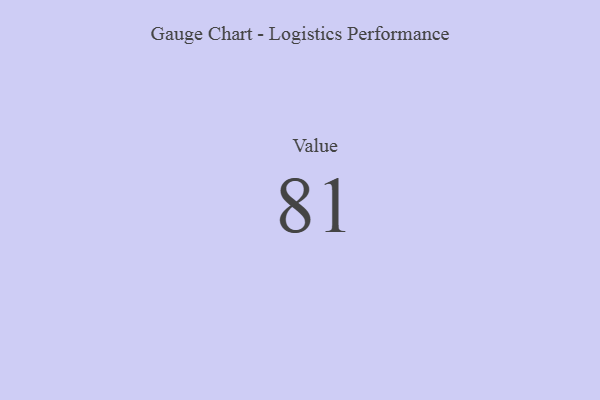
{"axis": {"x": "Metric", "y": "Value"}, "legend": [""], "data": [{"x": "Value", "y": 81, "type": ""}]}